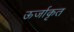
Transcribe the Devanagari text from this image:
ऊर्जाकृत